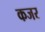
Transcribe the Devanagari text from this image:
कजर